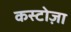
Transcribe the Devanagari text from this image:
कस्टोज़ा